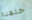
خلفنا